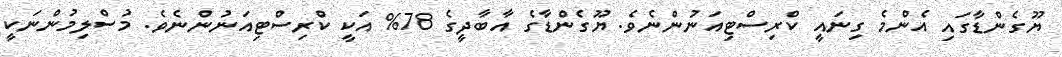
ޔޫގެންޑާގައި އެންމެ ގިނައީ ކްރިސްޓިއަނުންނެވެ. ޔޫގެންޑާގެ އާބާދީގެ 78% އަކީ ކްރިސްޓިއަނުންނެވެ. މުސްލިމުންނަކީ